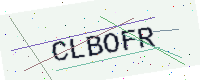
Text: CLBOFR